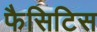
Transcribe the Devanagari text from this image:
फैसिटिस